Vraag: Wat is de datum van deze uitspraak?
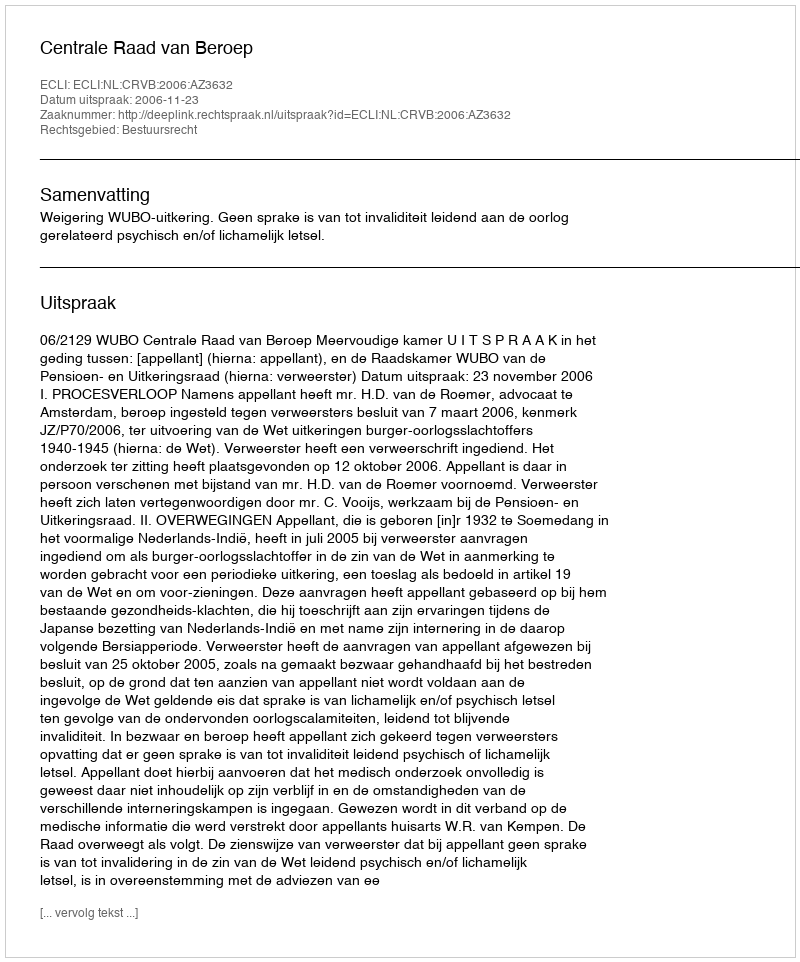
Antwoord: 2006-11-23